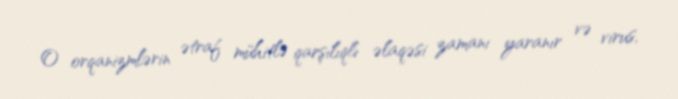
O orqanizmlərin ətraf mühitlə qarşılıqlı əlaqəsi zamanı yaranır və virus,